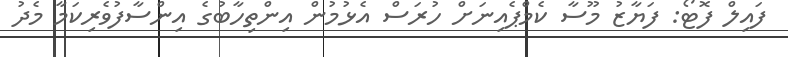
ފައިލް ފޮޓޯ: ފަޔާޒު މޫސާ ކެމްޕެއިނަށް ހުރަސް އެޅުމުން އިންތިހާބުގެ އިންސާފުވެރިކަމާ މެދު